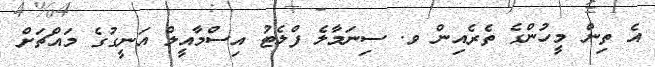
އެ ތިން މީހުންގެ ތެރެއިން ވ. ސިނަމާލެ ފްލެޓު އިސްމާއީލް އަނީގުގެ މައްޗަށް